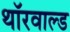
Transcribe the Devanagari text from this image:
थॉरवाल्ड